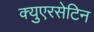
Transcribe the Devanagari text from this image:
क्युएरसेटिन